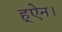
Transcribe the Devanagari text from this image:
ह्ऐन।